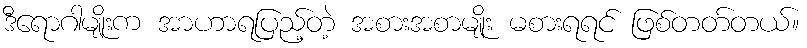
ဒီရောဂါမျိုးက အာဟာရပြည့်တဲ့ အစားအစာမျိုး မစားရရင် ဖြစ်တတ်တယ်။